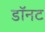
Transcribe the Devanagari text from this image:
डॉनट